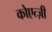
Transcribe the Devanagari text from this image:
कोएत्ज़ी